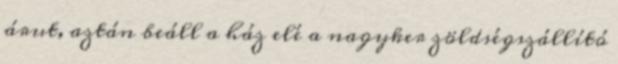
árut, aztán beáll a ház elé a nagyker zöldségszállító